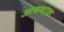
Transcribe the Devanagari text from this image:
आयनाक